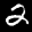
Label: 2